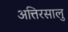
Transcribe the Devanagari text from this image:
अत्तिरसालु